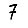
Digit: 7